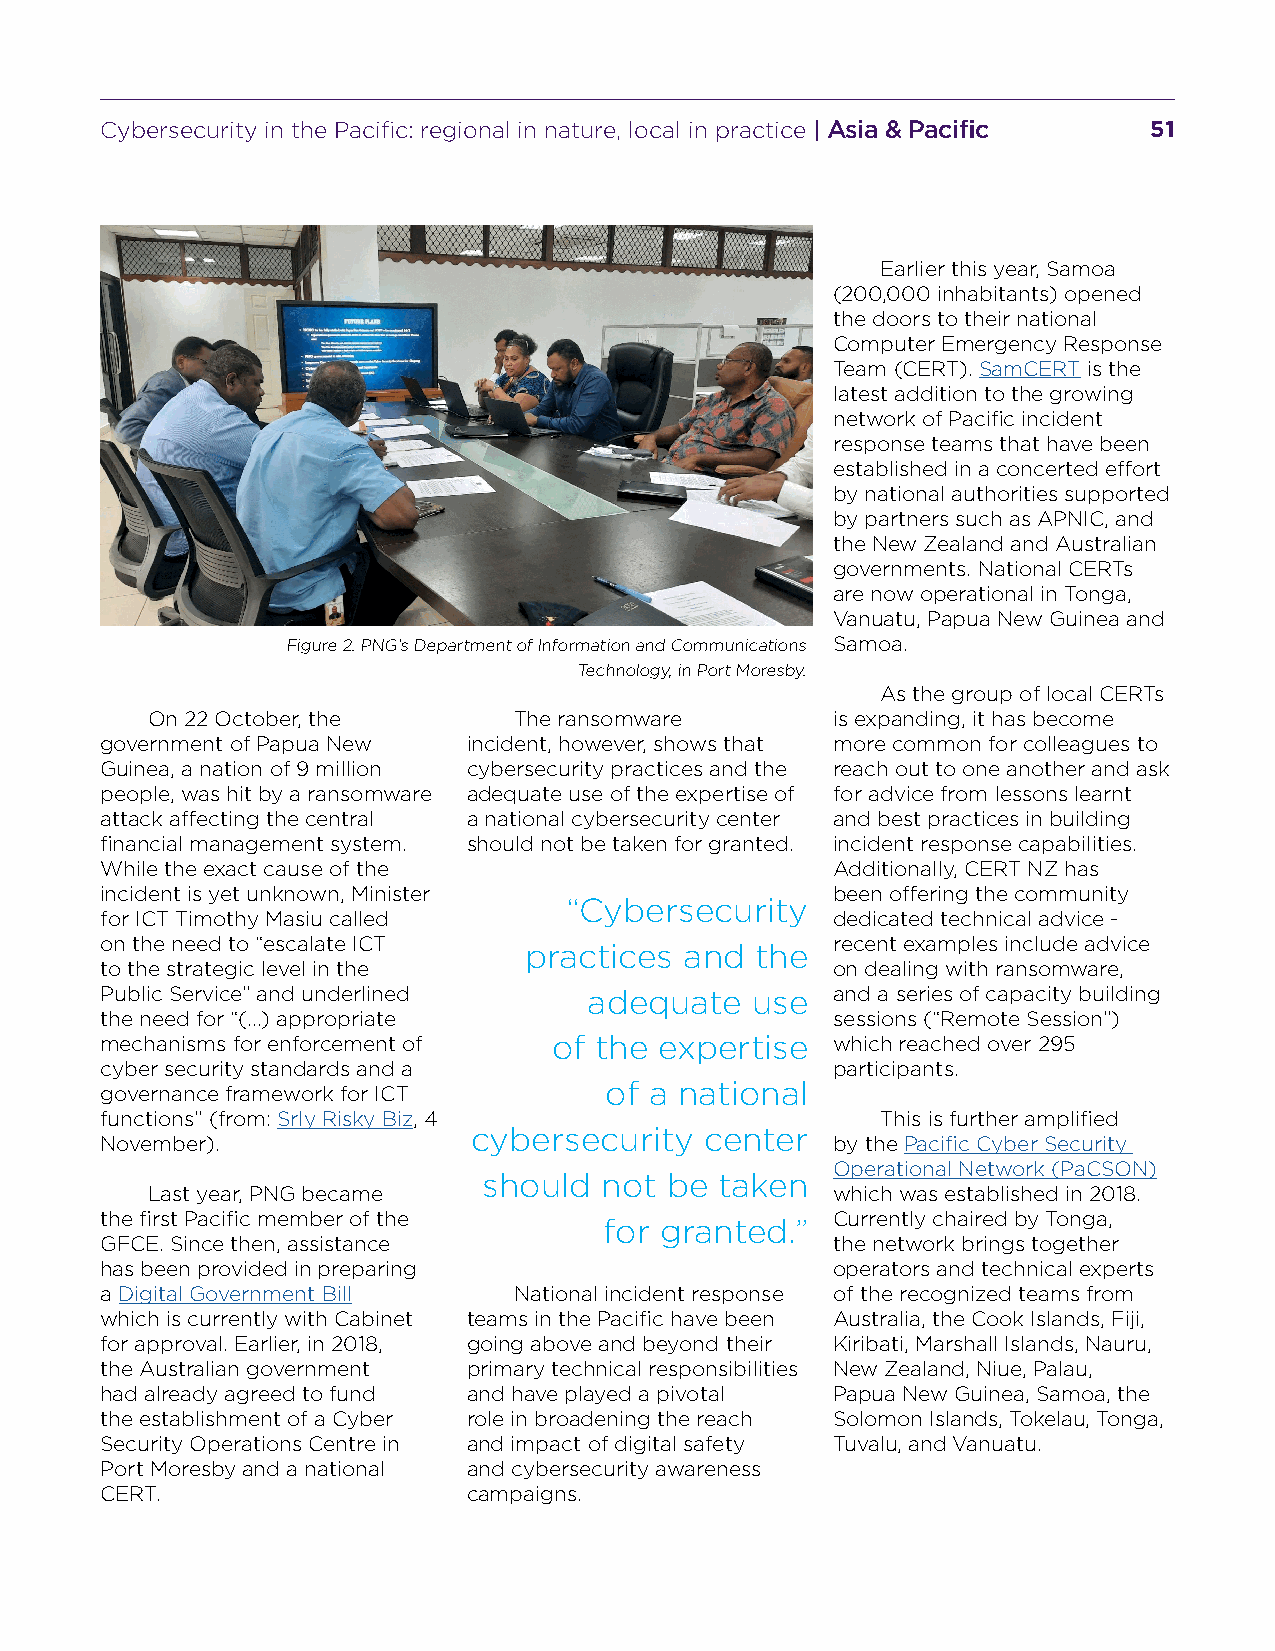
Cybersecurity in the Pacific: regional in nature, local in practice | Asia & Pacific 51
 Earlier this year, Samoa
 (200,000 inhabitants) opened
 the doors to their national
 Computer Emergency Response
 Team (CERT). SamCERT is the
 latest addition to the growing
 network of Pacific incident
 response teams that have been
 established in a concerted effort
 by national authorities supported
 by partners such as APNIC, and
 the New Zealand and Australian
 governments. National CERTs
 are now operational in Tonga,
 Vanuatu, Papua New Guinea and
 Figure 2. PNG’s Department of Information and Communications Samoa.
 Technology, in Port Moresby.
 As the group of local CERTs
 On 22 October, the      The ransomware       is expanding, it has become
 government of Papua New incident, however, shows that more common for colleagues to
 Guinea, a nation of 9 million cybersecurity practices and the reach out to one another and ask
 people, was hit by a ransomware adequate use of the expertise of for advice from lessons learnt
 attack affecting the central a national cybersecurity center and best practices in building
 financial management system. should not be taken for granted. incident response capabilities.
 While the exact cause of the                    Additionally, CERT NZ has
 incident is yet unknown, Minister               been offering the community
 “Cybersecurity
 for ICT Timothy Masiu called                    dedicated technical advice -
 on the need to “escalate ICT                    recent examples include advice
 practices and  the
 to the strategic level in the                   on dealing with ransomware,
 Public Service” and underlined  adequate   use  and a series of capacity building
 the need for “(...) appropriate                 sessions (“Remote Session”)
 mechanisms for enforcement of of the expertise  which reached over 295
 cyber security standards and a                  participants.
 governance framework for ICT     of a national
 functions” (from: Srly Risky Biz, 4                This is further amplified
 cybersecurity   center
 November).                                      by the Pacific Cyber Security
 Operational Network (PaCSON)
 should  not be  taken
 Last year, PNG became                        which was established in 2018.
 the first Pacific member of the                 Currently chaired by Tonga,
 for granted.”
 GFCE. Since then, assistance                    the network brings together
 has been provided in preparing                  operators and technical experts
 a Digital Government Bill  National incident response of the recognized teams from
 which is currently with Cabinet teams in the Pacific have been Australia, the Cook Islands, Fiji,
 for approval. Earlier, in 2018, going above and beyond their Kiribati, Marshall Islands, Nauru,
 the Australian government primary technical responsibilities New Zealand, Niue, Palau,
 had already agreed to fund and have played a pivotal Papua New Guinea, Samoa, the
 the establishment of a Cyber role in broadening the reach Solomon Islands, Tokelau, Tonga,
 Security Operations Centre in and impact of digital safety Tuvalu, and Vanuatu.
 Port Moresby and a national and cybersecurity awareness
 CERT.                   campaigns.